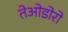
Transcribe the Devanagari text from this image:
तेओडोरो